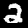
Label: 2